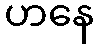
ဟနေ